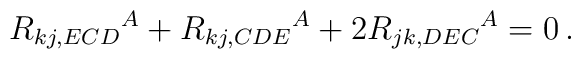
R_{kj,ECD}{}^A + R_{kj,CDE}{}^A + 2 R_{jk,DEC}{}^A = 0 \,.